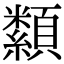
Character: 纇